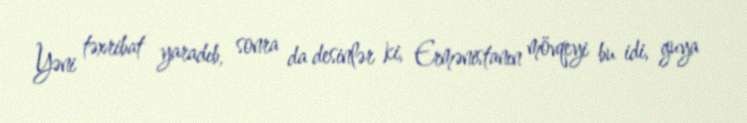
Yəni təxribat yaradıb, sonra da desinlər ki, Ermənistanın mövqeyi bu idi, guya